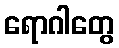
ရောဂါတွေ